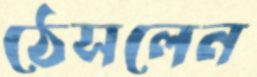
ঠেসলেন